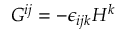
G ^ { i j } = - \epsilon _ { i j k } H ^ { k }